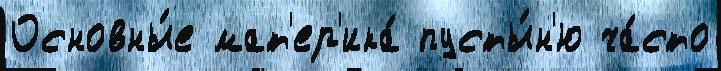
Основны́е мат'ер'ика́ пусты́н'ю ча́сто